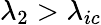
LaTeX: \lambda_{2}>\lambda_{ic}